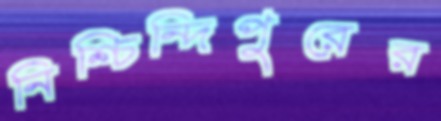
নিশ্চিন্দিপুরের